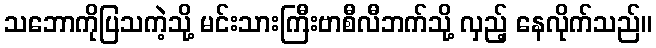
သဘောကိုပြသကဲ့သို့ မင်းသားကြီးဗာစီလီဘက်သို့ လှည့် နေလိုက်သည်။